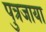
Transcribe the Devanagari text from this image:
पुत्रजाया